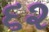
૬૨